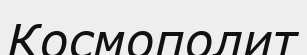
Космополит